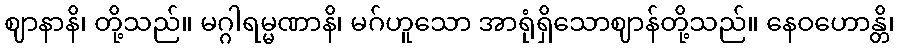
ဈာနာနိ၊ တို့သည်။ မဂ္ဂါရမ္မဏာနိ၊ မဂ်ဟူသော အာရုံရှိသောဈာန်တို့သည်။ နေဝဟောန္တိ၊